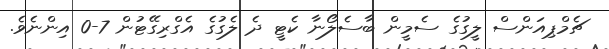
ޗެމްޕިއަންސް ލީގުގެ ސެމީން ބާސެލޯނާ ކެޓީ ދެ ލެގުގެ އެގްރިގޭޓުން 7-0 އިންނެވެ.